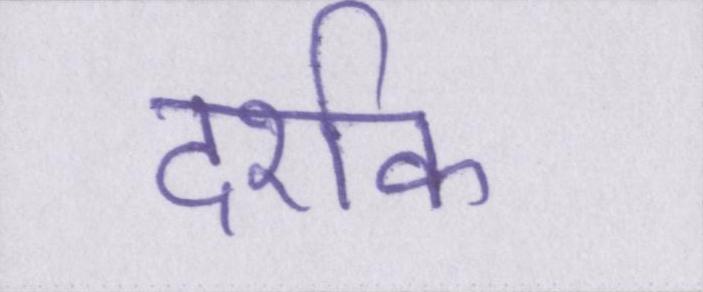
दर्शक